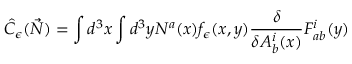
\hat { \cal C } _ { \epsilon } ( \vec { N } ) = \int d ^ { 3 } x \int d ^ { 3 } y N ^ { a } ( x ) f _ { \epsilon } ( x , y ) { \frac { \delta } { \delta A _ { b } ^ { i } ( x ) } } F _ { a b } ^ { i } ( y )